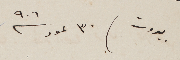
بيروت ٣٠ تموز سنة ٩٠٦